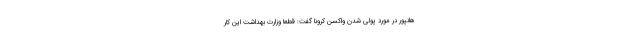
هانپور در مورد پولی شدن واکسن کرونا گفت: قطعا وزارت بهداشت این کار